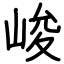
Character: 峻